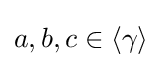
a,b,c\in \langle \gamma \rangle